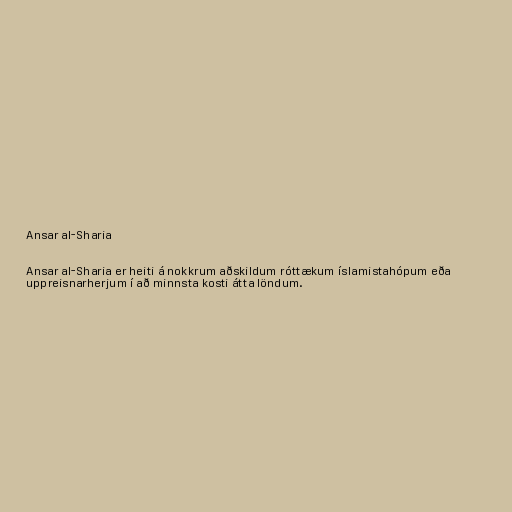
Ansar al-Sharia

Ansar al-Sharia er heiti á nokkrum aðskildum róttækum íslamistahópum eða
uppreisnarherjum í að minnsta kosti átta löndum.